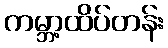
ကမ္ဘာ့ထိပ်တန်း